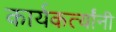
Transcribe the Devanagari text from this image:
कार्यकर्त्यांंनी